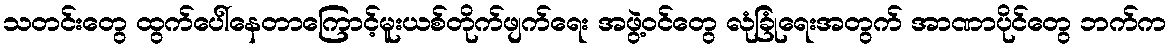
သတင်းတွေ ထွက်ပေါ်နေတာကြောင့်မူးယစ်တိုက်ဖျက်ရေး အဖွဲ့ဝင်တွေ လုံခြုံရေးအတွက် အာဏာပိုင်တွေ ဘက်က